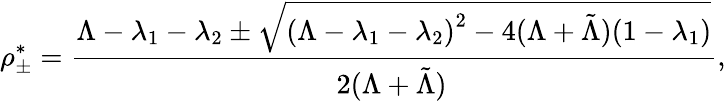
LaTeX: \rho_{\pm}^{*}=\frac{\Lambda-\lambda_{1}-\lambda_{2}\pm\sqrt{{(\Lambda-\lambda_{1}-\lambda_{2})}^{2}-4(\Lambda+\tilde{\Lambda})(1-\lambda_{1})}}{2(\Lambda+\tilde{\Lambda})\, },